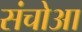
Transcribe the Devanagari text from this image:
संचोआ